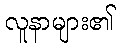
လူနာများ၏